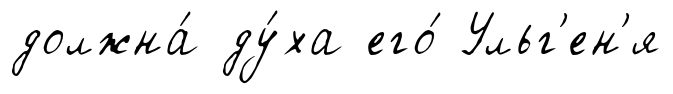
должна́ ду́ха его́ Ульг'ен'я